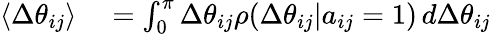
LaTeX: \begin{array}{rl}{\left<\Delta\theta_{ij}\right>}&{{}=\int_{0}^{\pi}\Delta\theta_{ij}\rho(\Delta\theta_{ij}|a_{ij}=1)\, d\Delta\theta_{ij}}\end{array}